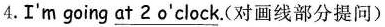
4.I'm going \underline{at 2 o'clock}.(对画线部分提问)